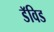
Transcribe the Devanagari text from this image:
डॅविड